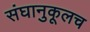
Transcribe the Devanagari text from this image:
संघानुकूलच